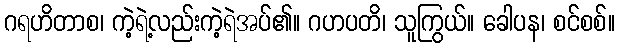
ဂရဟိတာစ၊ ကဲ့ရဲ့လည်းကဲ့ရဲအပ်၏။ ဂဟပတိ၊ သူကြွယ်။ ခေါပန၊ စင်စစ်။